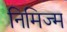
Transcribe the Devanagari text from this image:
निमिज्म